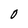
Character: O